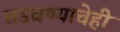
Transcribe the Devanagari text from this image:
घडवण्याचेही